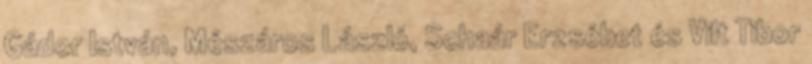
Gádor István, Mészáros László, Schaár Erzsébet és Vilt Tibor